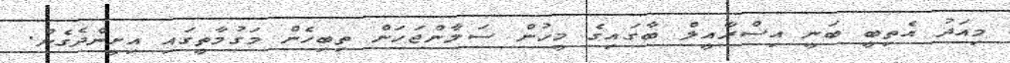
މިއަދު އެތިބީ ބަނީ އިސްރާއީލް ބާގައިގެ މީހުން ސަލާންޖަހަން ތިބިހެން މަގުމާތީގައި އިށީންދެގެން.